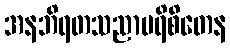
အနဘိရတသညာပရိစိတေန